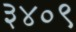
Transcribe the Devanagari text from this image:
३४०९